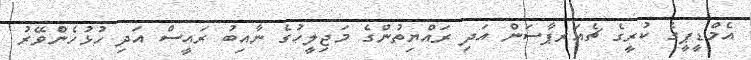
އެމްޑީޕީގެ ކުރީގެ ޗެއަރޕާސަން އަދި ރައްޔިތުންގެ މަޖިލީހުގެ ނާއިބު ރައީސް އަދި ހުޅުހެންވޭރު